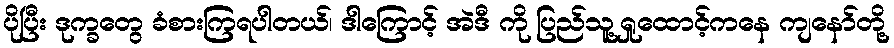
ပိုပြီး ဒုက္ခတွေ ခံစားကြရပါတယ်၊ ဒါကြောင့် အဲဒီ ကို ပြည်သူ့ရှုထောင့်ကနေ ကျနော်တို့